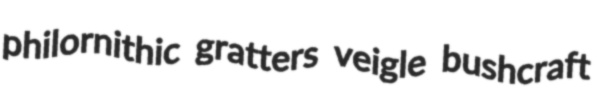
philornithic gratters veigle bushcraft